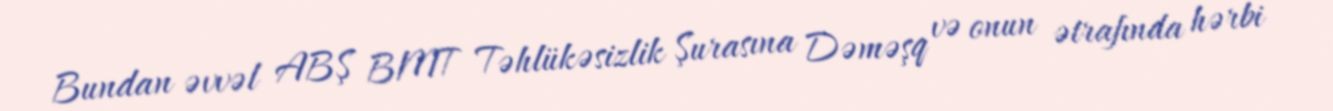
Bundan əvvəl ABŞ BMT Təhlükəsizlik Şurasına Dəməşq və onun ətrafında hərbi